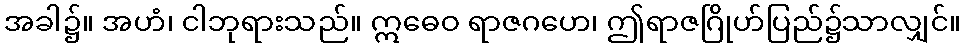
အခါ၌။ အဟံ၊ ငါဘုရားသည်။ ဣဓေဝ ရာဇဂဟေ၊ ဤရာဇဂြိုဟ်ပြည်၌သာလျှင်။